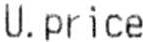
U.PRICE